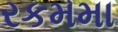
રકમમા